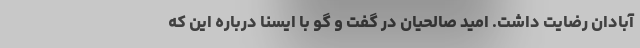
آبادان رضایت داشت. امید صالحیان در گفت و گو با ایسنا درباره این که